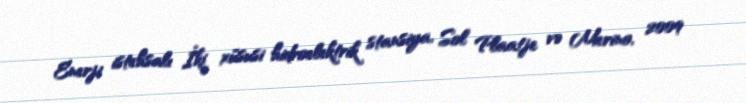
Enerji istehsalı İki xüsusi hidroelektrik stansiya, Sol Plaatje və Merino, 2009